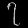
Digit: ၇